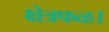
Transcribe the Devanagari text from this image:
क्षेत्रफळ।